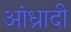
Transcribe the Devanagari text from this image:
आंध्रादी